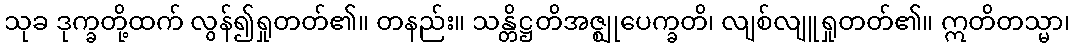
သုခ ဒုက္ခတို့ထက် လွန်၍ရှုတတ်၏။ တနည်း။ သန္တိဋ္ဌတိအဇ္ဈုပေက္ခတိ၊ လျစ်လျူရှုတတ်၏။ ဣတိတသ္မာ၊